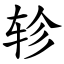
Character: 轸